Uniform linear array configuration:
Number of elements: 16
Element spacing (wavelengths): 1
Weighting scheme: uniform
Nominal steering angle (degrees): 30
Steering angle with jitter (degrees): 30.552
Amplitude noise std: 0.05
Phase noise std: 0.05

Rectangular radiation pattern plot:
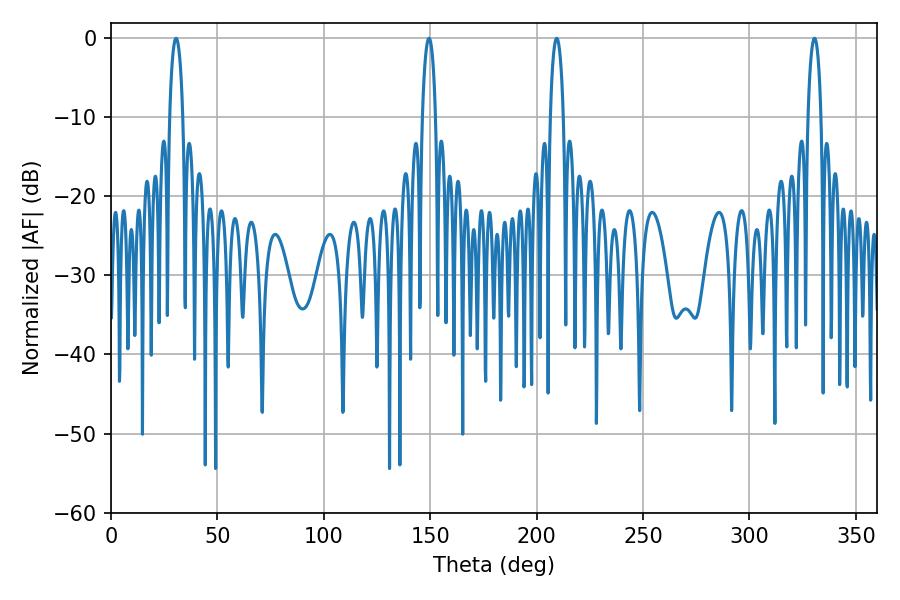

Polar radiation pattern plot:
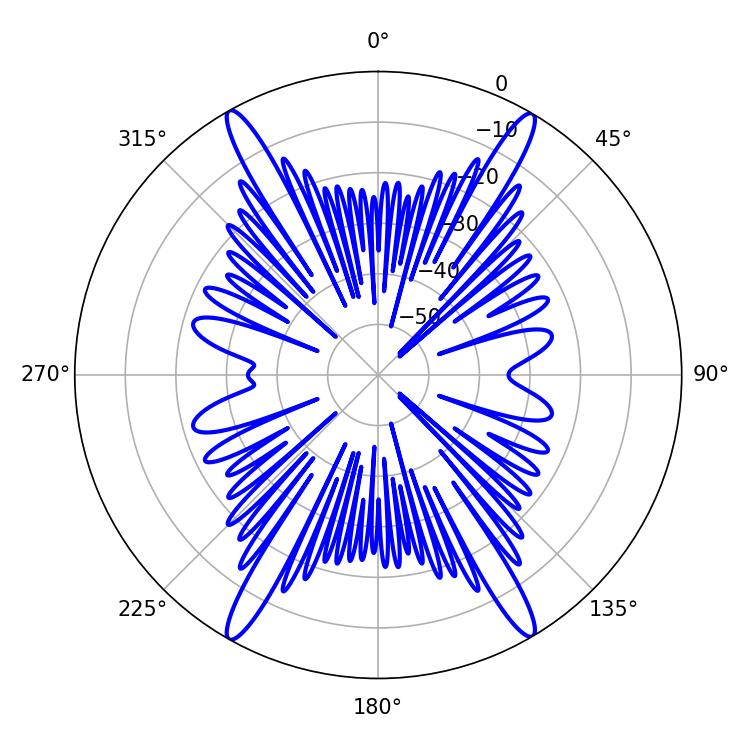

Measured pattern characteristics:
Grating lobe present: TRUE
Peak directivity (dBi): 29.529
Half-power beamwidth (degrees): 3.6
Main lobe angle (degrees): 30.6